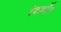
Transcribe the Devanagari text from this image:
रेटकॉन